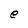
Character: e